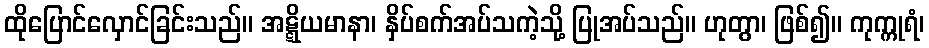
ထိုပြောင်လှောင်ခြင်းသည်။ အဋ္ဋိယမာနာ၊ နှိပ်စက်အပ်သကဲ့သို့ ပြုအပ်သည်။ ဟုတွာ၊ ဖြစ်၍။ ကုက္ကုရံ၊